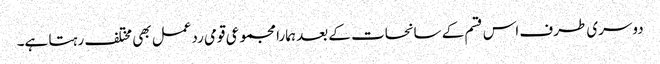
دوسری طرف اس قسم کے سانحات کے بعد ہمارا مجموعی قومی ردعمل بھی مختلف رہتا ہے۔